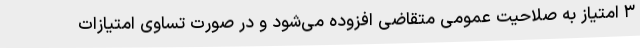
۳ امتیاز به صلاحیت عمومی متقاضی افزوده می‌شود و در صورت تساوی امتیازات